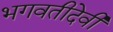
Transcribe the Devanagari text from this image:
भगवतीदेवी